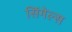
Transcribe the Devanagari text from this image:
सिंगेल्स